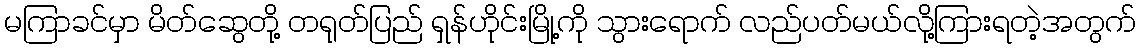
မကြာခင်မှာ မိတ်ဆွေတို့ တရုတ်ပြည် ရှန်ဟိုင်းမြို့ကို သွားရောက် လည်ပတ်မယ်လို့ကြားရတဲ့အတွက်